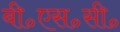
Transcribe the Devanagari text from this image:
बी॰एस॰सी॰